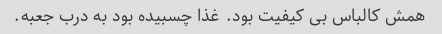
همش کالباس بی کیفیت بود. غذا چسبیده بود به درب جعبه.